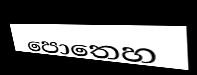
පොතෙහ